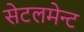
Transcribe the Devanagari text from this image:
सेटलमेन्ट